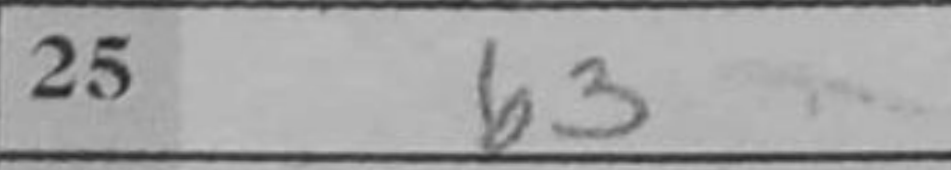
Transcription: b3